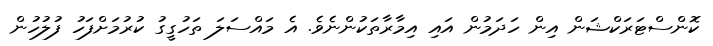
ކޮންސްޓަރަކްޝަން އިން ހަދަމުން އައި އިމާރާތަކުންނެވެ. އެ މައްސަލަ ތަހުގީގު ކުރުމަށްފަހު ފުލުހުން